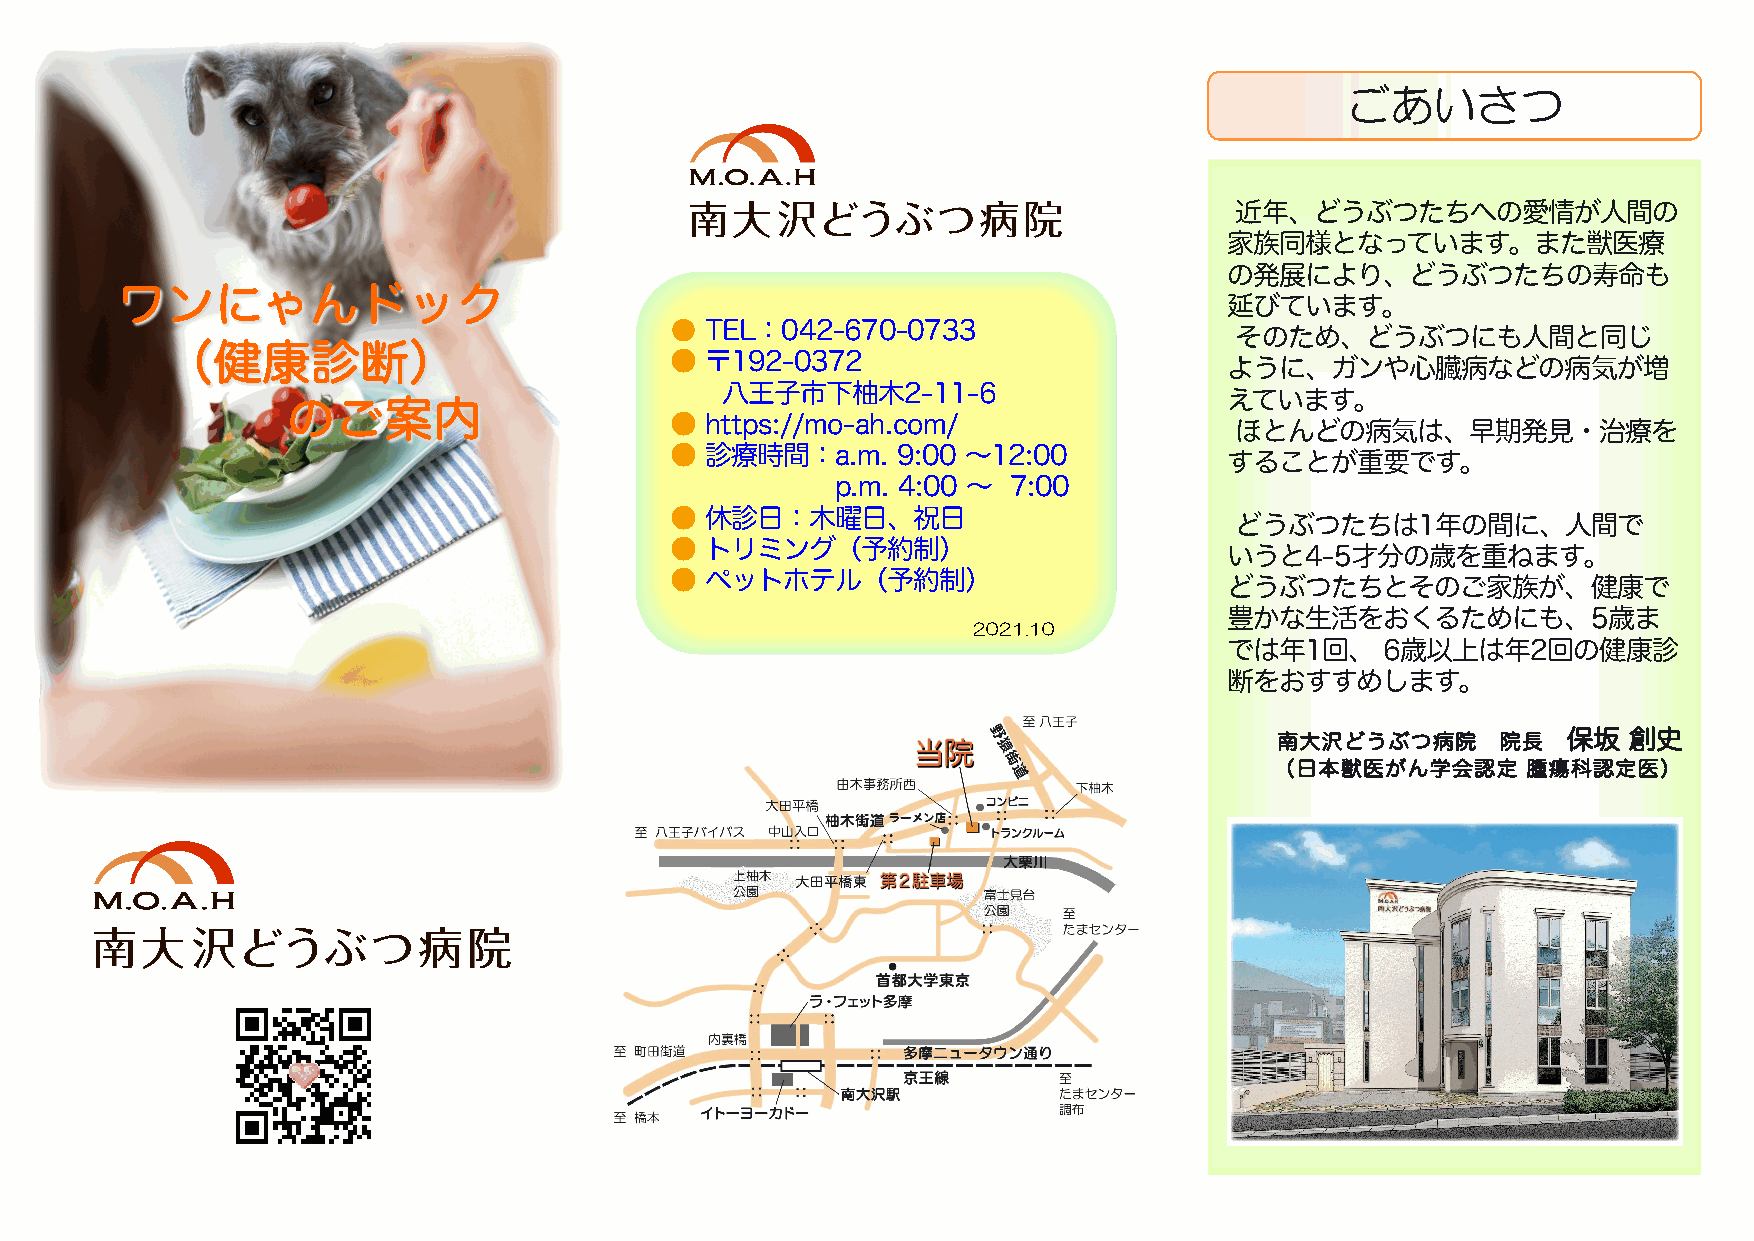
ごあいさつ
 近年、どうぶつたちへの愛情が人間の
 家族同様となっています。また獣医療
 の発展により、どうぶつたちの寿命も
 ワンにゃんドック
 延びています。
 ●  TEL：042-670-0733
 そのため、どうぶつにも人間と同じ
 （健康診断）
 ●  〒192-0372
 ように、ガンや心臓病などの病気が増
 八王子市下柚木2-11-6
 えています。
 のご案内
 ●  https://mo-ah.com/
 ほとんどの病気は、早期発見・治療を
 ●  診療時間：a.m.   9:00 〜12:00
 することが重要です。
 p.m. 4:00 〜 7:00
 ●  休診日：木曜日、祝日
 どうぶつたちは1年の間に、人間で
 ●  トリミング（予約制）
 いうと4-5才分の歳を重ねます。
 ●  ペットホテル（予約制）
 どうぶつたちとそのご家族が、健康で
 豊かな生活をおくるためにも、5歳ま
 2021.10
 では年1回、     6歳以上は年2回の健康診
 断をおすすめします。
 南大沢どうぶつ病院     院長   保坂  創史
 （日本獣医がん学会認定      腫瘍科認定医）